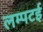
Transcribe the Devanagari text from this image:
लम्पटई